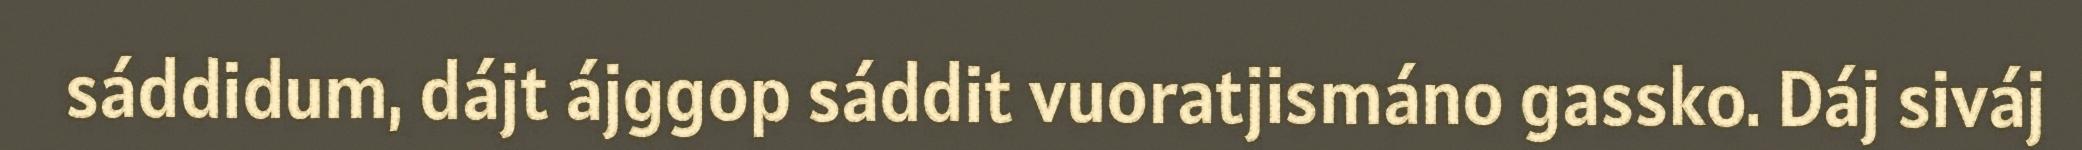
sáddidum, dájt ájggop sáddit vuoratjismáno gassko. Dáj siváj